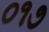
૦૧૭